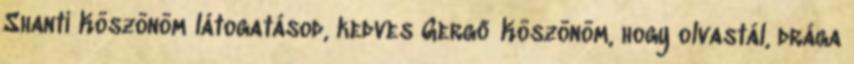
Shanti Köszönöm látogatásod, kedves Gergő Köszönöm, hogy olvastál, drága